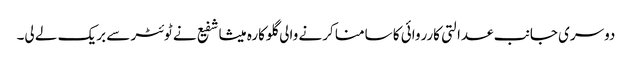
دوسری جانب عدالتی کارروائی کا سامنا کرنے والی گلوکارہ میشا شفیع نے ٹوئٹر سے بریک لے لی۔